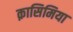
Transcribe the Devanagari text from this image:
क़ासिमिया